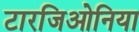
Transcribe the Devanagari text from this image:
टारजिओनिया